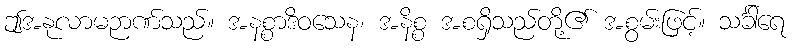
ဤအနုလာမဉာဏ်သည်။ အနစ္စာဒိဝသေန၊ အနိစ္စ အစရှိသည်တို့၏ အစွမ်းဖြင့်။ သင်္ခါရေ